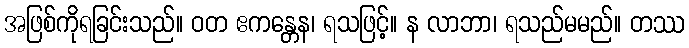
အဖြစ်ကိုရခြင်းသည်။ ဝတ ဧကန္တေန၊ ရသဖြင့်။ န လာဘာ၊ ရသည်မမည်။ တဿ